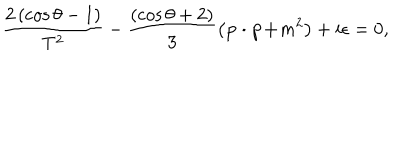
LaTeX: \frac { 2 \left( \cos \theta - 1 \right) } { T ^ { 2 } } - \frac { \left( \cos \theta + 2 \right) } 3 \left( \mathbf { p \cdot p + } m ^ { 2 } \right) + i \epsilon = 0 ,